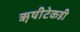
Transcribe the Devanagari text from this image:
ॠषीटेकडी